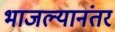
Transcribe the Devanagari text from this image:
भाजल्यानंतर